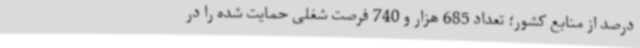
درصد از منابع کشور؛ تعداد 685 هزار و 740 فرصت شغلی حمایت شده را در